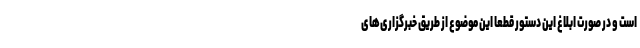
است و در صورت ابلاغ این دستور قطعا این موضوع از طریق خبرگزاری‌های